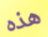
هذه